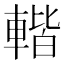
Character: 䡡